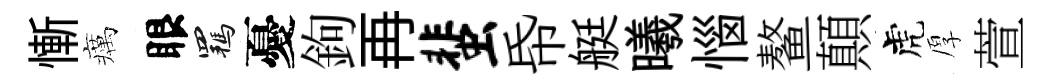
慚癘眼羈憂鉤再蜚帋艇曦惱鳌顛虎厚萱